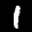
Label: 1